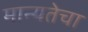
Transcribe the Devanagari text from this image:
मान्यतेचा